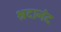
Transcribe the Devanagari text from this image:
श्रदानंद